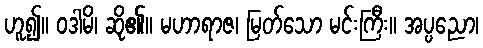
ဟူ၍။ ဝဒါမိ၊ ဆို၏။ မဟာရာဇ၊ မြတ်သော မင်းကြီး။ အပ္ပညော၊